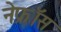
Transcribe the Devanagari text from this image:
नेफ्रॉस